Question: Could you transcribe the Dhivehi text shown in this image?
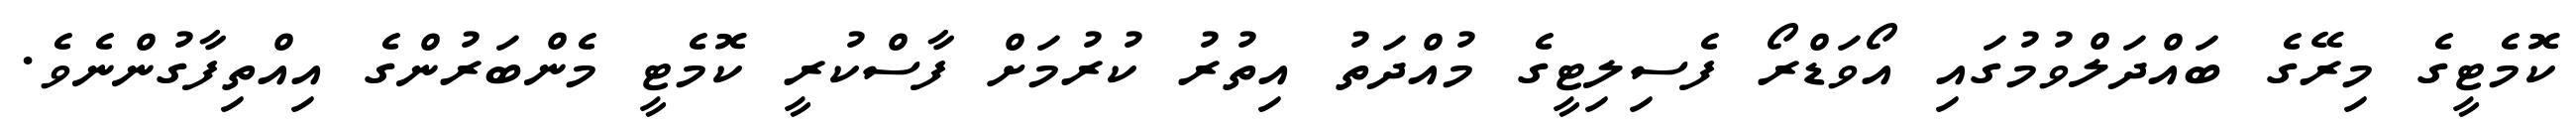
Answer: ކޮމެޓީގެ މިރޭގެ ބައްދަލްވުމުގައި އޯވަޑްރޯ ފެސިލިޓީގެ މުއްދަތު އިތުރު ކުރުމަށް ފާސްކުރީ ކޮމެޓީ މެންބަރުންގެ އިއްތިފާގުންނެވެ.